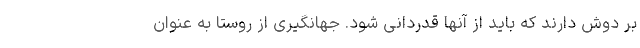
بر دوش دارند که باید از آنها قدردانی شود. جهانگیری از روستا به عنوان